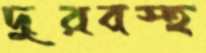
দুরবস্হ